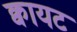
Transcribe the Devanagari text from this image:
क्वायट